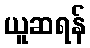
ယူဆရန်